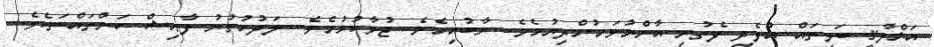
އަޚްލާޤީ ބަލިތައް އުފެދި ފެތުރި އާންމުވަމުންދިޔުމެވެ. ރާބުއިމެވެ. ޖުވާކުޅުމެވެ. ލަދުހުތުރު ފާޙިޝް ކަންތައްތަކެވެ.